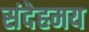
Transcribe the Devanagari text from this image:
संदेहमय